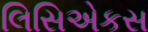
લિસિએકસ